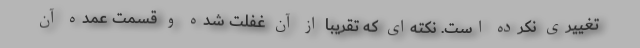
تغییری نکرده است. نکته‌ای که تقریبا از آن غفلت شده و قسمت عمده آن